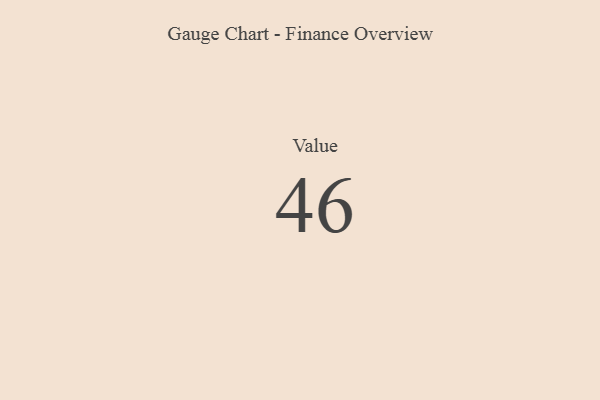
{"axis": {"x": "Metric", "y": "Value"}, "legend": [""], "data": [{"x": "Value", "y": 46, "type": ""}]}